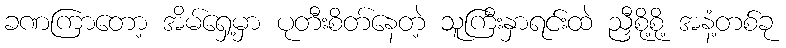
ခဏကြာတော့ အိမ်ရှေ့မှာ ပုတီးစိတ်နေတဲ့ သူကြီးနှာရင်းထဲ ညှီစို့စို့ အနံ့တစ်ခု